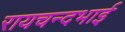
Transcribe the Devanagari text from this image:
रायचन्दभाई